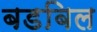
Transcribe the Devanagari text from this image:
बडबिल